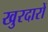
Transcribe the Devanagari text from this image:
खुरदारों